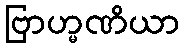
ဗြာဟ္မဏိယာ